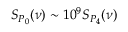
S _ { P _ { 0 } } ( \nu ) \sim 1 0 ^ { 9 } S _ { P _ { 4 } } ( \nu )